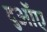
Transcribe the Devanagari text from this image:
दुआॅए